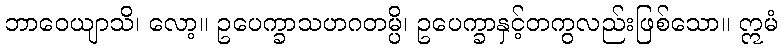
ဘာဝေယျာသိ၊ လော့။ ဥပေက္ခာသဟဂတမ္ပိ၊ ဥပေက္ခာနှင့်တကွလည်းဖြစ်သော။ ဣမံ